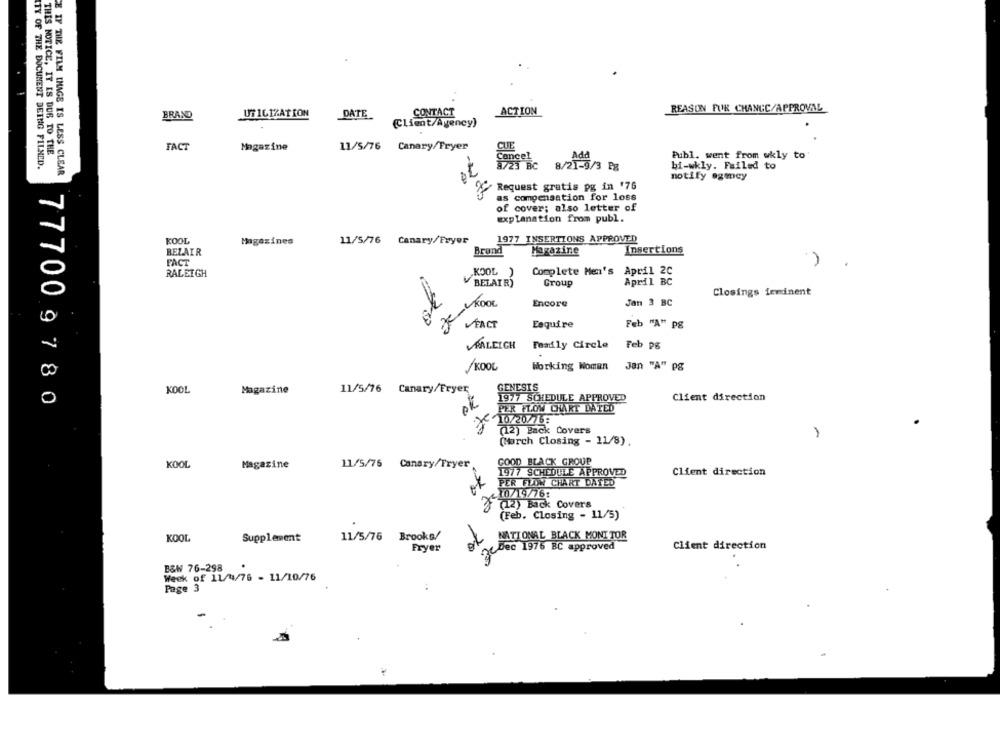
CONTACT
ACTION
REASON FUK CHANGC/APPROVAL
BRAND
UT 1617ATION
DATE_
(Client/Agency)
THIS NOTICE, IT IS DUB TO THE
FACT
Magazine
11/5/76 Canary/Fryer
CUE
Cancel
Add
Publ. went from wkly to
ITY OF THE DOCUMENT DEING FILNED.
8/23 BC
8/21-9/3 Px
bi-wkly. Failed to
E IF THE FILM IMAGE IS LESS CLEAR
notify agency
Request gratis pg in '76
as compensation for loss
of cover; also letter of
explanation from publ.
KOOL
Magazines
11/5/76 Canary/Fryer
1977 INSERTIONS APPROVED
BEZAIR
Brand
Magazine
Insertions
FACT
Complete Men's April 2C
RALEIGH
KOOL )
BELAIR)
Group
April BC
Closings feminent
Je- KOOL
Encore
Jan 3 BC
Esquire
FACT
Feb "A" pg
RALEIGH
Fondly Circle
Feb pg
/KOOL
Working Women
Jan "A" PS
KOOL
Magazine
11/5/76 Canary/Fryer
GENESIS
1977 SCHEDULE APPROVED
Client direction
777009780
ok
PER FLOW CHART DATED
10/20/16:
(12) Back Covers
-
(March Closing - 11/8).
KOOL
Magazine
11/5/75 Canary/Fryer
GOOD BLACK GROUP
1977 SCHEDULE APPROVED
Client direction
ok
PER FLOW CHART DATED
+10/19/76:
(12) Back Covers
(Feb. Closing - 11/5)
KOOL
Supplement
11/5/76
Brooks/
NATIONAL BLACK MONT TOR
Fryer
Dec 1976 BC approved
Client direction
B&W 76-298
Week of 11/4/76 - 11/10/76
Page 3